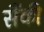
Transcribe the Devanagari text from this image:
सैंकी